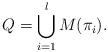
LaTeX: \begin{align*}Q=\bigcup_{i=1}^l M(\pi_i).\end{align*}